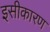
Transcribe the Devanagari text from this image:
इसीकारण